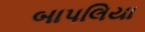
બાપલિયા